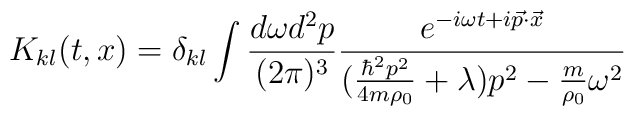
K_{kl}(t,x)= \delta_{kl} \int\frac{d\omega d^2p}{(2 \pi)^3}\frac{e^{-i\omega t + i {\vec p}\cdot{\vec x}}}{(\frac{\hbar^2 p^2}{4m \rho_0} + \lambda) p^2 - \frac{m}{\rho_0} \omega^2}